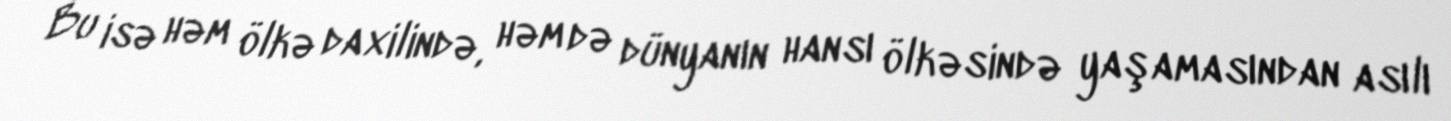
Bu isə həm ölkə daxilində, həm də dünyanın hansı ölkəsində yaşamasından asılı